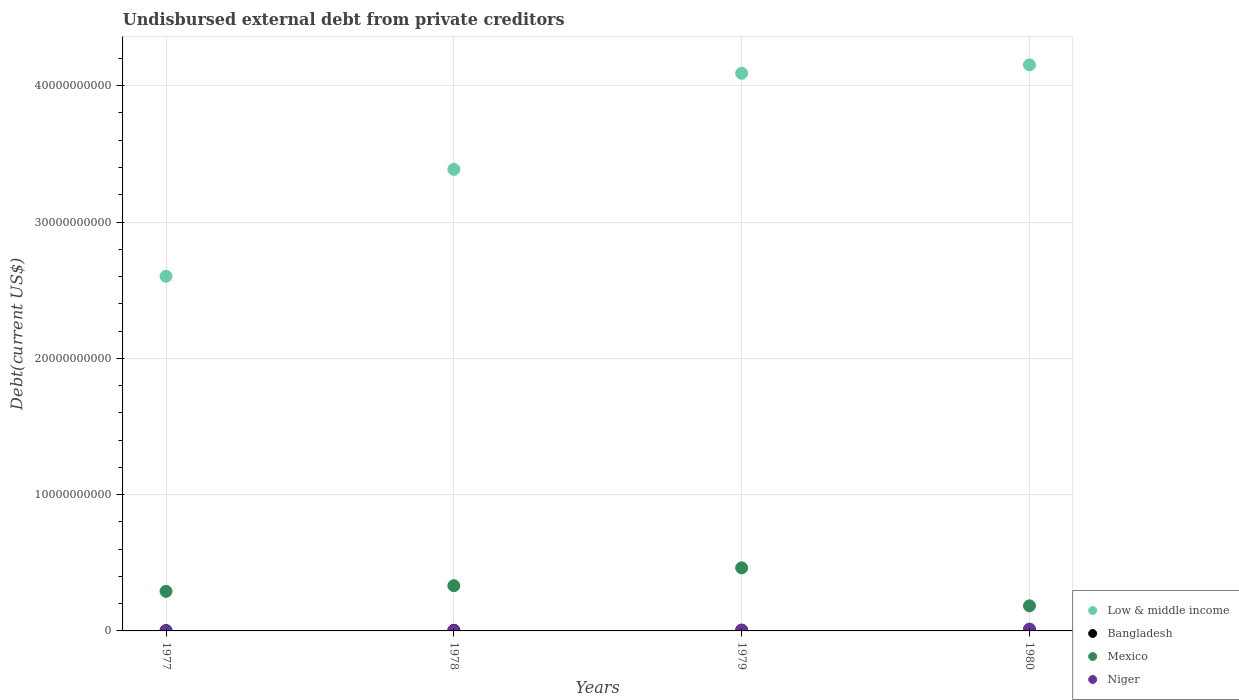
| Years | Low & middle income | Bangladesh | Mexico | Niger |
 | --- | --- | --- | --- | --- |
 | 1977 | 2.6e+10 | 1.99e+07 | 2.9e+09 | 2.44e+06 |
 | 1978 | 3.39e+10 | 4.38e+07 | 3.32e+09 | 2.09e+07 |
 | 1979 | 4.09e+10 | 3.82e+07 | 4.63e+09 | 6.73e+07 |
 | 1980 | 4.15e+10 | 4.97e+07 | 1.84e+09 | 1.36e+08 |